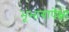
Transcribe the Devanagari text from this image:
भूभागापेक्षा